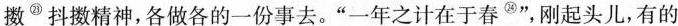
擞抖^{㉓}擞精神,各做各的一份事去“一年之计在于春^{㉔}”,刚起头儿,有的